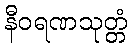
နီဝရဏသုတ္တံ